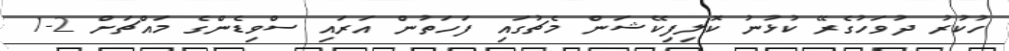
ހުކުރު ދުވަހުގެރޭ ކުޅުނު ކޮލިފިކޭޝަން މެޗުގައި ފަހަތުން އަރައި ސްވިޑެންގެ މައްޗަށް 2-1